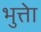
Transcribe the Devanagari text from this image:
भुत्तेा